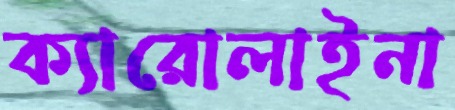
ক্যারোলাইনা